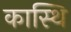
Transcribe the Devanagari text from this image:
कास्थि